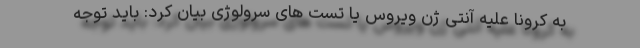
به کرونا علیه آنتی ژن ویروس یا تست های سرولوژی بیان کرد: باید توجه